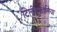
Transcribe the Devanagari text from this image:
टिलीएफोलिया